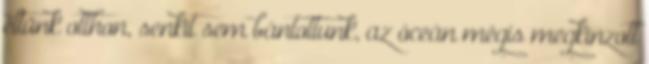
éltünk otthon, senkit sem bántottunk, az óceán mégis megkínzott